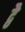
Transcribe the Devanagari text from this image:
द्वेै